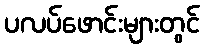
ပလပ်ဖောင်းများတွင်